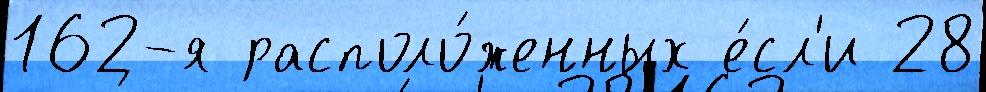
162-я располо́женных е́сл'и 28